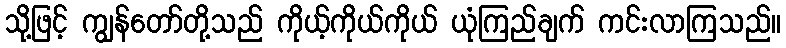
သို့ဖြင့် ကျွန်တော်တို့သည် ကိုယ့်ကိုယ်ကိုယ် ယုံကြည်ချက် ကင်းလာကြသည်။